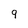
Character: 9